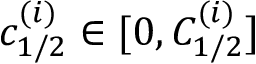
c _ { 1 / 2 } ^ { ( i ) } \in [ 0 , C _ { 1 / 2 } ^ { ( i ) } ]